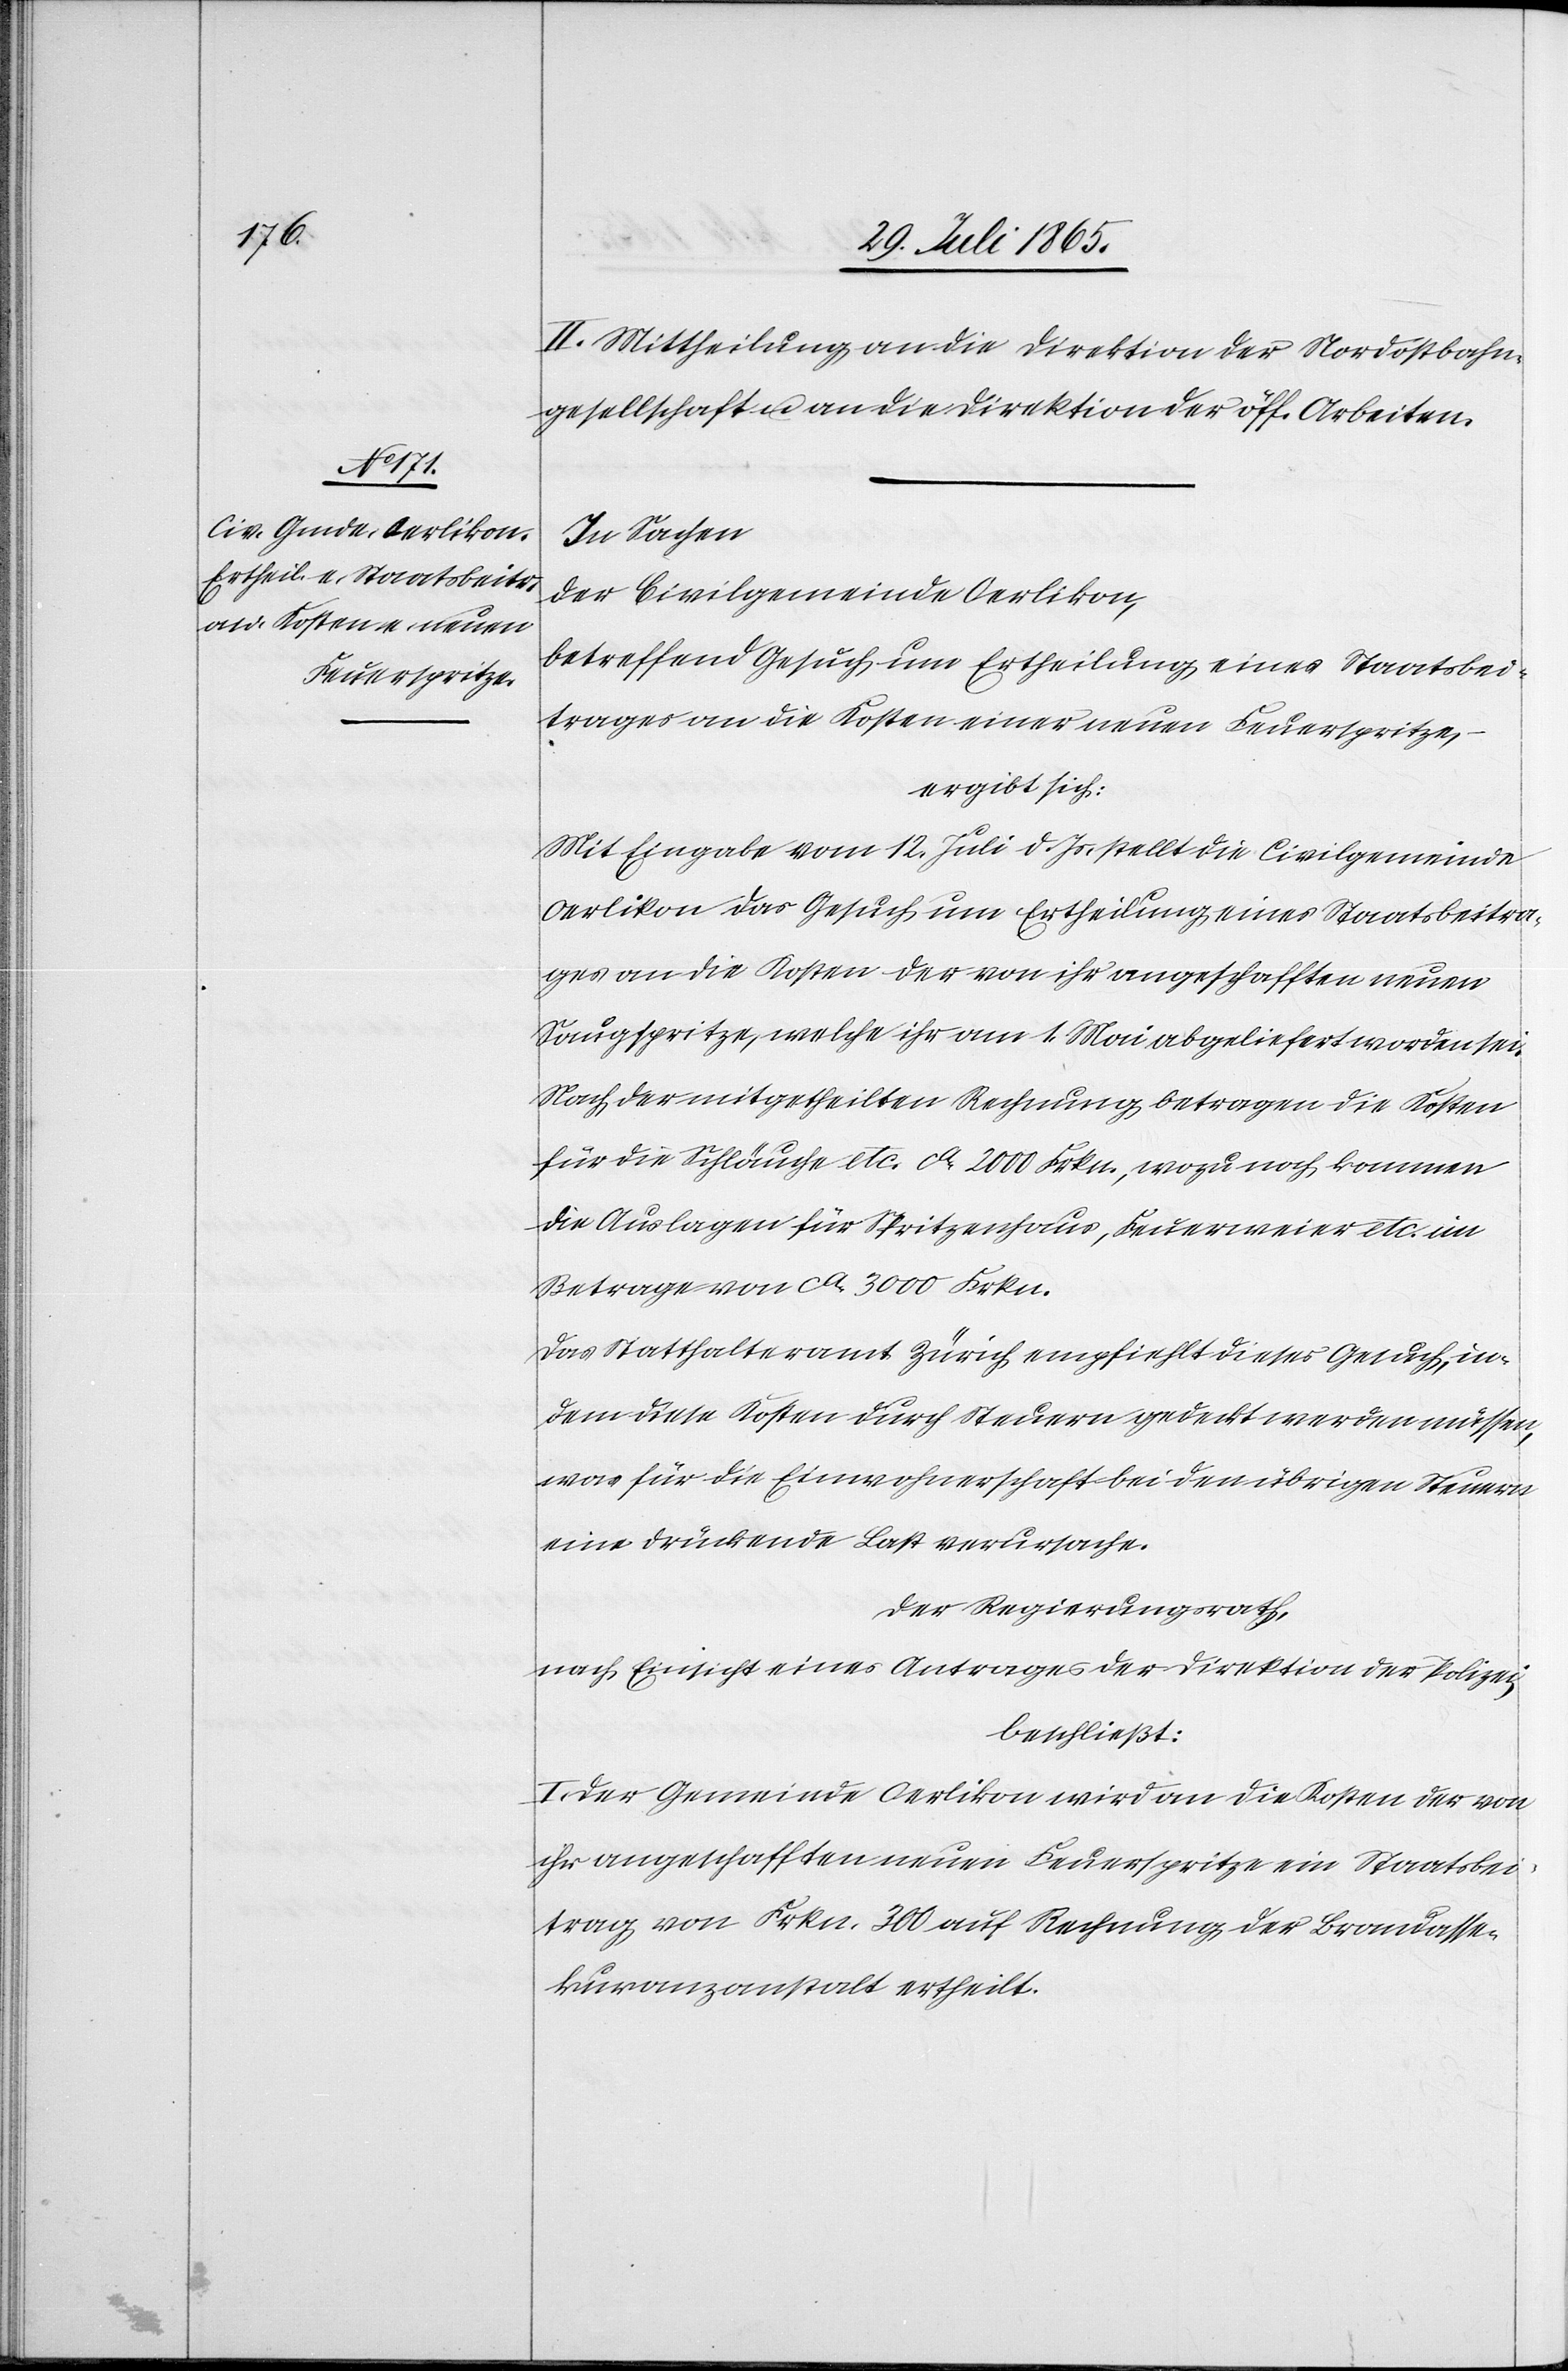
II. Mittheilung an die Direktion der Nordostbahn¬
gesellschaft u. an die Direktion der öff. Arbeiten.
In Sachen
der Civilgemeinde Oerlikon,
betreffend Gesuch um Ertheilung eines Staatsbei¬
trages an die Kosten einer neuen Feuerspritze,
ergibt sich:
Mit Eingabe vom 12. Juli d. Js. stellt die Civilgemeinde
Oerlikon das Gesuch um Ertheilung eines Staatsbeitra¬
ges an die Kosten der von ihr angeschafften neuen
Saugspritze, welche ihr am 1. Mai abgeliefert worden sei.
Nach der mitgetheilten Rechnung betragen die Kosten
für die Schläuche etc. ca 200 Frkn., wozu noch kommen
die Auslagen für Spritzenhaus, Feuerweier etc. im
Betrage von ca 3000 Frkn.
Das Statthalteramt Zürich empfiehlt dieses Gesuch, in¬
dem diese Kosten durch Steuern gedeckt werden müssen,
was für die Einwohnerschaft bei den übrigen Steuern
eine drückende Last verursache.
Der Regierungsrath,
nach Einsicht eines Antrages der Direktion der Polizei,
beschließt:
I. Der Gemeinde Oerlikon wird an die Kosten der von
ihr angeschafften neuen Feuerspritze ein Staatsbei¬
trag von Frkn. 300 auf Rechnung der Brandasse¬
kuranzanstalt ertheilt.